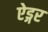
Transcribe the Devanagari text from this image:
ऐड्गर